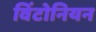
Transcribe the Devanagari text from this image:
विंटोनियन